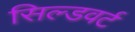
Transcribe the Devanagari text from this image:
सिल्डवर्ट